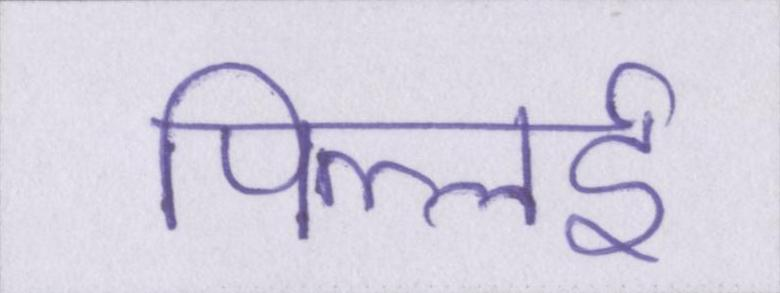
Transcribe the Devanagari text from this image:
पिल्लई